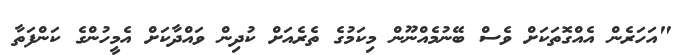
"އަހަރެން އެއްގޮތަކަށް ވެސް ބޭނުމެއްނޫން މިކަމުގެ ތެރެއަށް ކުދިން ވައްދާކަށް އެމީހުންގެ ކަންފަތާ